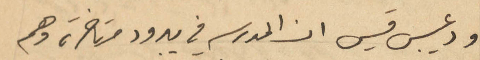
ودعيبس قيس ان المدرسه في يبرود متاخرة وهم